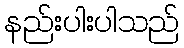
နည်းပါးပါသည်